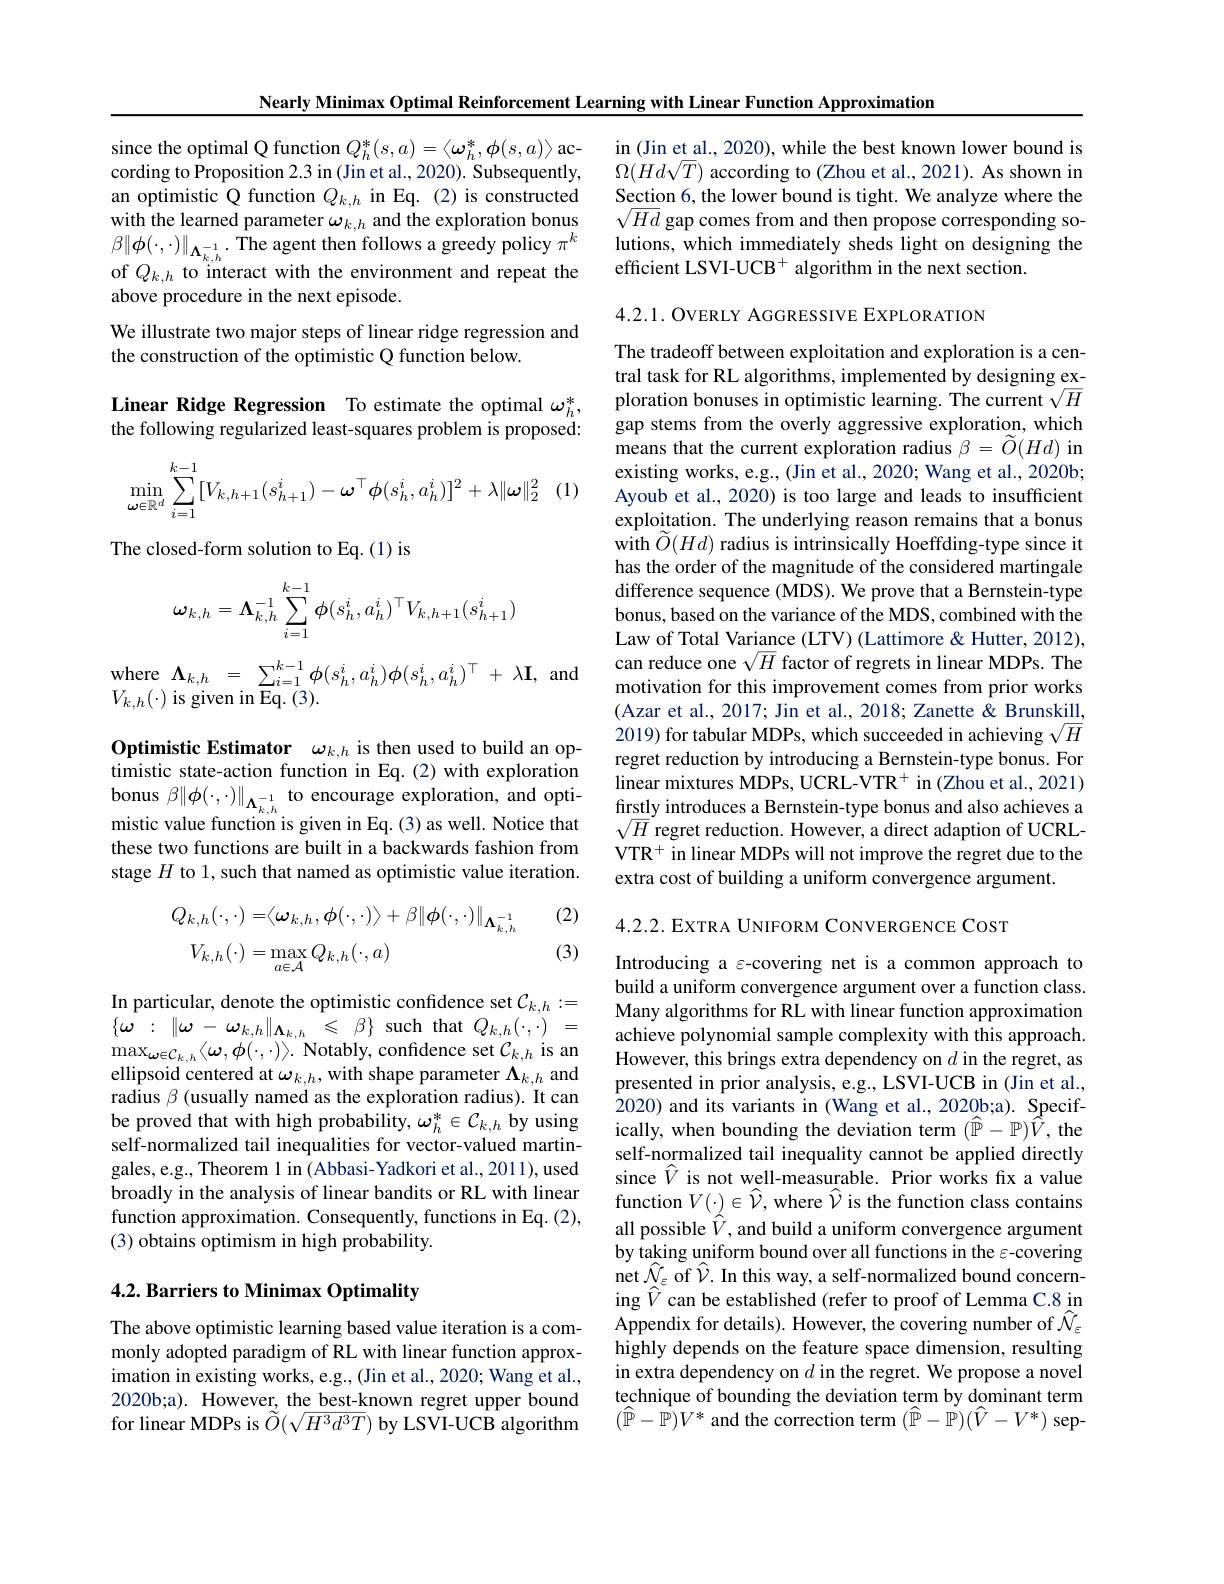
Nearly Minimax Optimal Reinforcement Learning with Linear Function Approximation

$\begin{array}{l}{\mathrm{since~the~optimal~Q~function~}Q_{h}^{*}(s,a)=\langle\omega_{h}^{*},\phi(s,a)\rangle\mathrm{~ac-}}\\{\mathrm{cording~to~Proposition~2.3~in~(Jin~et~al.,~2020).~Subsequently,}}\end{array}$ an optimistic Q function $Q_k,h$ in Eq.(2) is constructed $\begin{array}{l}\mathrm{with~the~learned~parameter~\omega_{k,h}~and~the~exploration~bonus}\\\beta\|\phi(\cdot,\cdot)\|_{\Lambda_{k,h}^{-1}.~The~agent~then~follows~a~greedy~policy~\pi^{k}}\end{array}$ of $Q_{k,h}$ to interact with the environment and repeat the above procedure in the next episode.
We illustrate two major steps of linear ridge regression and
the construction of the optimistic Q function below.

Linear Ridge Regression To estimate the optimal $\omega_h^*$, the following regularized least-squares problem is proposed:

$\vdots(1)$
$$\min\limits_{\boldsymbol{\omega}\in\mathbb{R}^d}\sum\limits_{i=1}^{k-1}[V_{k,h+1}(s_{h+1}^i)-\boldsymbol{\omega}^\top\phi(s_h^i,a_h^i)]^2+\lambda\|\boldsymbol{\omega}\|_2^2$$
The closed-form solution to Eq.(1) is
$$\boldsymbol{\omega}_{k,h}=\boldsymbol{\Lambda}_{k,h}^{-1}\sum_{i=1}^{k-1}\phi(s_{h}^{i},a_{h}^{i})^{\top}V_{k,h+1}(s_{h+1}^{i})$$
where$\begin{array}{rcl}{\mathbf{\Lambda}_{k,h}}&{=}&{\sum_{i=1}^{k-1}\phi(s_{h}^{i},a_{h}^{i})\phi(s_{h}^{i},a_{h}^{i})^{\top}+\lambda\mathbf{I},}\end{array}$
$V_{k,h}(\cdot)$ is given in $\overline{\mathrm{Eq.~}}(3).$

Optimistic Estimator $\omega_{k,h}$ is then used to build an optimistic state-action function in Eq.(2) with exploration bonus $\beta\|\phi(\cdot,\cdot)\|_{\mathbf{\Lambda}_{k,h}^{-1}}$ to encourage exploration, and optimistic value function is given in Eq.(3) as well. Notice that these two functions are built in a backwards fashion from stage $H$ to 1, such that named as optimistic value iteration.

(2)
$$\begin{aligned}Q_{k,h}(\cdot,\cdot)=&\langle\boldsymbol{\omega}_{k,h},\boldsymbol{\phi}(\cdot,\cdot)\rangle+\beta\|\boldsymbol{\phi}(\cdot,\cdot)\|_{\boldsymbol{\Lambda}_{k,h}^{-1}}\\V_{k,h}(\cdot)=&\max_{a\in\mathcal{A}}Q_{k,h}(\cdot,a)\end{aligned}$$
(3)

In particular, denote the optimistic confidence set $\mathcal{C}_k,h:=$ $\{\omega:\|\omega-\omega_{k,h}\|_{\mathbf{\Lambda}_{k,h}}\leq\beta\}$ such that $Q_{k,h}(\cdot,\cdot)=$ $\max_{\omega\in C_{k,h}}\langle\omega,\phi(\cdot,\cdot)\rangle.$ Notably, confidence set $\mathcal{C}_k,h$ is an ellipsoid centered at $\omega_k,h$, with shape parameter $\Lambda_k,h$ and radius $\beta$ (usually named as the exploration radius). It can be proved that with high probability, $\omega_h^*\in C_{k,h}$ by using self-normalized tail inequalities for vector-valued martingales,e.g., Theorem 1 in (Abbasi-Yadkori et al., 2011), used broadly in the analysis of linear bandits or RL with linear function approximation. Consequently, functions in Eq. (2), (3) obtains optimism in high probability.

### 4.2. Barriers to Minimax Optimality

The above optimistic learning based value iteration is a commonly adopted paradigm of RL with linear function approximation in existing works, e.g., (Jin et al., 2020; Wang et al., 2020b;a). However, the best-known regret upper bound for linear MDPs is $\acute{\tilde{O}}(\sqrt{H^{3}d^{3}T})$ by LSVI-UCB algorithm

in (Jin et al., 2020), while the best known lower bound is $\Omega(Hd\sqrt{T})$ according to (Zhou et al., 2021). As shown in Section 6, the lower bound is tight. We analyze where the $\sqrt{Hd}$ gap comes from and then propose corresponding solutions, which immediately sheds light on designing the efficient LSVI-UCB$^+$ algorithm in the next section.

4.2.1. OVERLY AGGRESSIVE EXPLORATION

The tradeoff between exploitation and exploration is a central task for RL algorithms, implemented by designing exploration bonuses in optimistic learning. The current $\sqrt H$ gap stems from the overly aggressive exploration, which means that the current exploration radius $\beta=\tilde{O}(Hd)$ in existing works, e.g., (Jin et al., 2020; Wang et al., 2020b; Ayoub et al., 2020) is too large and leads to insufficient exploitation. The underlying reason remains that a bonus with $\tilde{O}(Hd)$ radius is intrinsically Hoeffding-type since it has the order of the magnitude of the considered martingale difference sequence (MDS). We prove that a Bernstein-type bonus, based on the variance of the MDS, combined with the Law of Total Variance (LTV) (Lattimore & Hutter, 2012), can reduce one $\sqrt H$ factor of regrets in linear MDPs. The motivation for this improvement comes from prior works (Azar et al., 2017; Jin et al., 2018; Zanette & Brunskill, 2019) for tabular MDPs, which succeeded in achieving $\sqrt H$ regret reduction by introducing a Bernstein-type bonus. For linear mixtures MDPs, UCRL-VTR$^+$ in (Zhou et al., 2021) firstly introduces a Bernstein-type bonus and also achieves a $\sqrt{H}$ regret reduction. However, a direct adaption of UCRL- $VTR^+ in linear MDPs will not improve the regret due to the$ extra cost of building a uniform convergence argument.

4.2.2. EXTRA UNIFORM CONVERGENCE COST

Introducing a ε-covering net is a common approach to build a uniform convergence argument over a function class. Many algorithms for RL with linear function approximation achieve polynomial sample complexity with this approach. However, this brings extra dependency on $d$ in the regret, as presented in prior analysis, e.g., LSVI-UCB in (Jin et al., 2020) and its variants in (Wang et al.,2020b;a). Specifically, when bounding the deviation term $(\widehat{\mathbb{P}}-\mathbb{P})\widehat{\vec{V}}$, the self-normalized tail inequality cannot be applied directly since $\hat{V}$ is not well-measurable. Prior works fix a value function $V(\cdot)\in\widehat{\mathcal{V}}$, where $\widehat{\mathcal{V}}$ is the function class contains all possible $\hat{V}$, and build a uniform convergence argument by taking uniform bound over all functions in the $\varepsilon$-covering net $\hat{\mathcal{N}}_{\varepsilon}$ of $\hat{\mathcal{V}}.$ In this way, a self-normalized bound concerning $\widehat{V}$ can be established (refer to proof of Lemma C.8 in Appendix for details). However, the covering number of $\hat{\mathcal{N}}_\varepsilon$ highly depends on the feature space dimension, resulting in extra dependency on $d$ in the regret. We propose a novel technique of bounding the deviation term by dominant term $(\hat{\mathbb{P}}-\hat{\mathbb{P}})V^{*}$ and the correction term $(\hat{\mathbb{P}}-\tilde{\mathbb{P}})(\hat{V}-V^{*})$ sep-